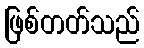
ဖြစ်တတ်သည်